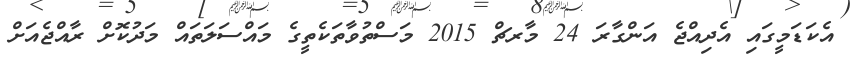
އެކަޑަމީގައި އެދިއްޖެ އަންގާރަ 24 މާރޗް 2015 މަސްތުވާތަކެތީގެ މައްސަލަތައް މަދުކޮށް ރާއްޖެއަށް